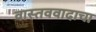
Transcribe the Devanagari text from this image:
वास्तववादाचा